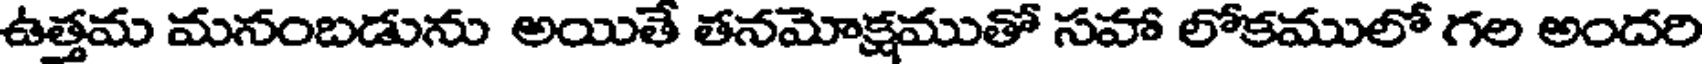
ఉత్తమ మనంబడును అయితే తనమోక్షముతో సహా లోకములో గల అందరి